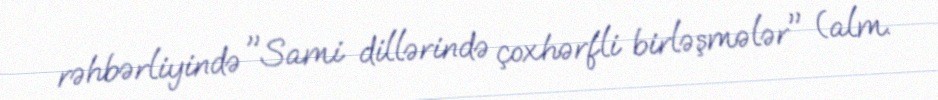
rəhbərliyində "Sami dillərində çoxhərfli birləşmələr" (alm.